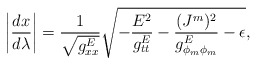
\begin{align*}\left|{{dx}\over{d\lambda}}\right|={1\over\sqrt{g^E_{xx}}}\sqrt{-{{E^2}\over{g^E_{tt}}}-{{(J^m)^2}\over{g^E_{\phi_m\phi_m}}}-\epsilon},\end{align*}